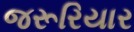
જરૂરિયાર